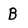
Character: B